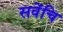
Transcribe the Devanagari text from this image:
सवेंचि